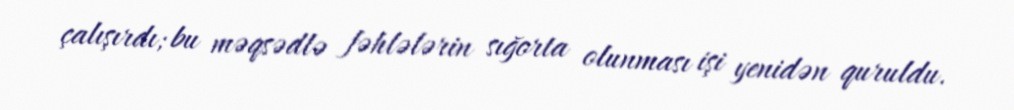
çalışırdı; bu məqsədlə fəhlələrin sığorta olunması işi yenidən quruldu.